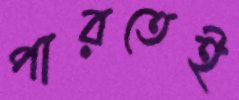
পারতেই